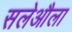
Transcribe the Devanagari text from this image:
सलेऔला